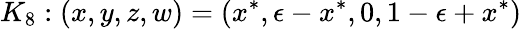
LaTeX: K_{8}:(x,y,z,w)=(x^{*},\epsilon-x^{*},0,1-\epsilon+x^{*})